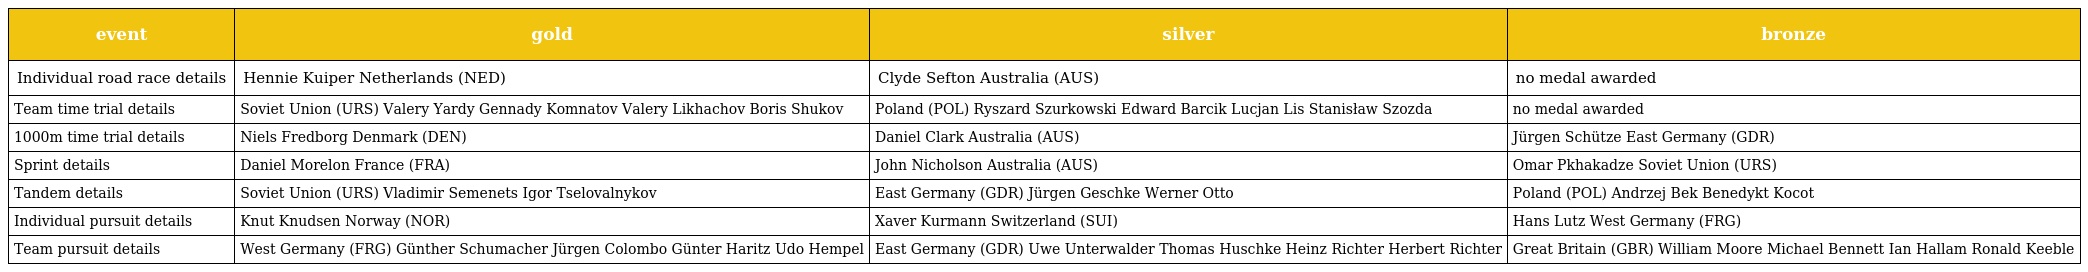
| event | gold | silver | bronze |
 | --- | --- | --- | --- |
 | Individual road race details | Hennie Kuiper Netherlands (NED) | Clyde Sefton Australia (AUS) | no medal awarded |
 | Team time trial details | Soviet Union (URS) Valery Yardy Gennady Komnatov Valery Likhachov Boris Shukov | Poland (POL) Ryszard Szurkowski Edward Barcik Lucjan Lis Stanisław Szozda | no medal awarded |
 | 1000m time trial details | Niels Fredborg Denmark (DEN) | Daniel Clark Australia (AUS) | Jürgen Schütze East Germany (GDR) |
 | Sprint details | Daniel Morelon France (FRA) | John Nicholson Australia (AUS) | Omar Pkhakadze Soviet Union (URS) |
 | Tandem details | Soviet Union (URS) Vladimir Semenets Igor Tselovalnykov | East Germany (GDR) Jürgen Geschke Werner Otto | Poland (POL) Andrzej Bek Benedykt Kocot |
 | Individual pursuit details | Knut Knudsen Norway (NOR) | Xaver Kurmann Switzerland (SUI) | Hans Lutz West Germany (FRG) |
 | Team pursuit details | West Germany (FRG) Günther Schumacher Jürgen Colombo Günter Haritz Udo Hempel | East Germany (GDR) Uwe Unterwalder Thomas Huschke Heinz Richter Herbert Richter | Great Britain (GBR) William Moore Michael Bennett Ian Hallam Ronald Keeble |